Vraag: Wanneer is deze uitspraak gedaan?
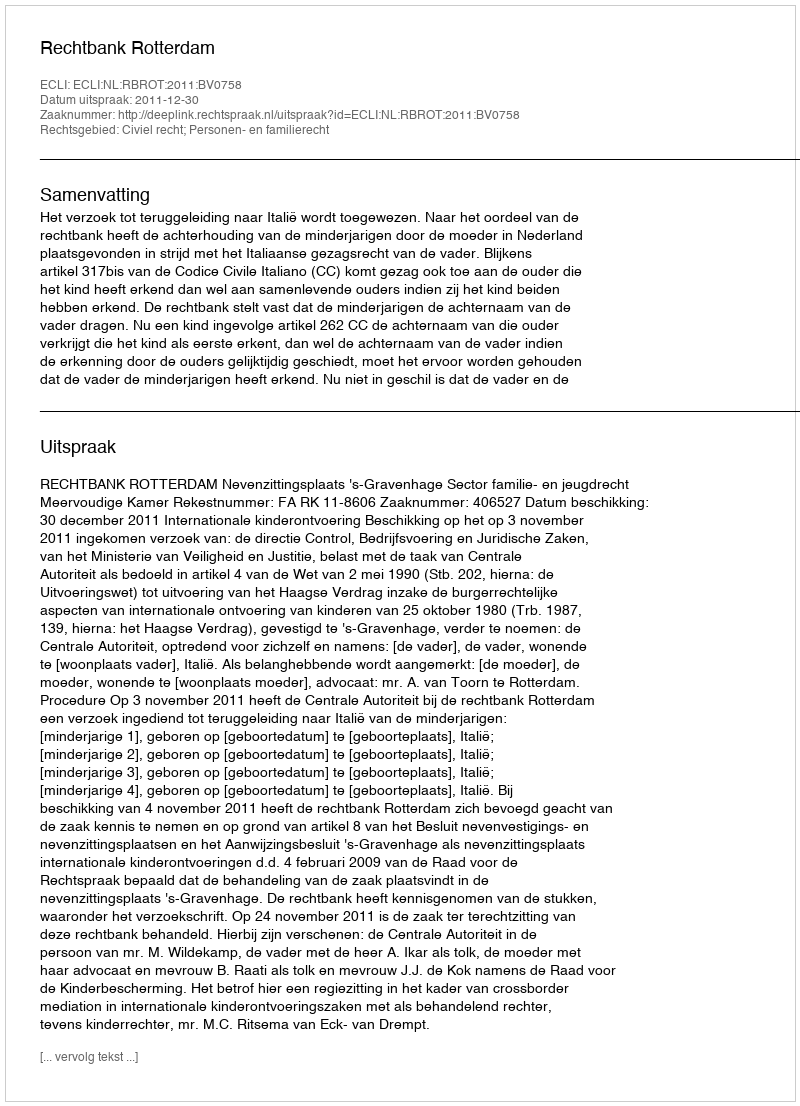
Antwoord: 2011-12-30